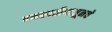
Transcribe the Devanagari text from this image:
वनस्पतीपासूनचे